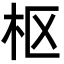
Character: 枢